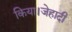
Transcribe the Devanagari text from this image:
किया।जेहादी